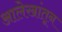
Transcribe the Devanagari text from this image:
आलेखांतून